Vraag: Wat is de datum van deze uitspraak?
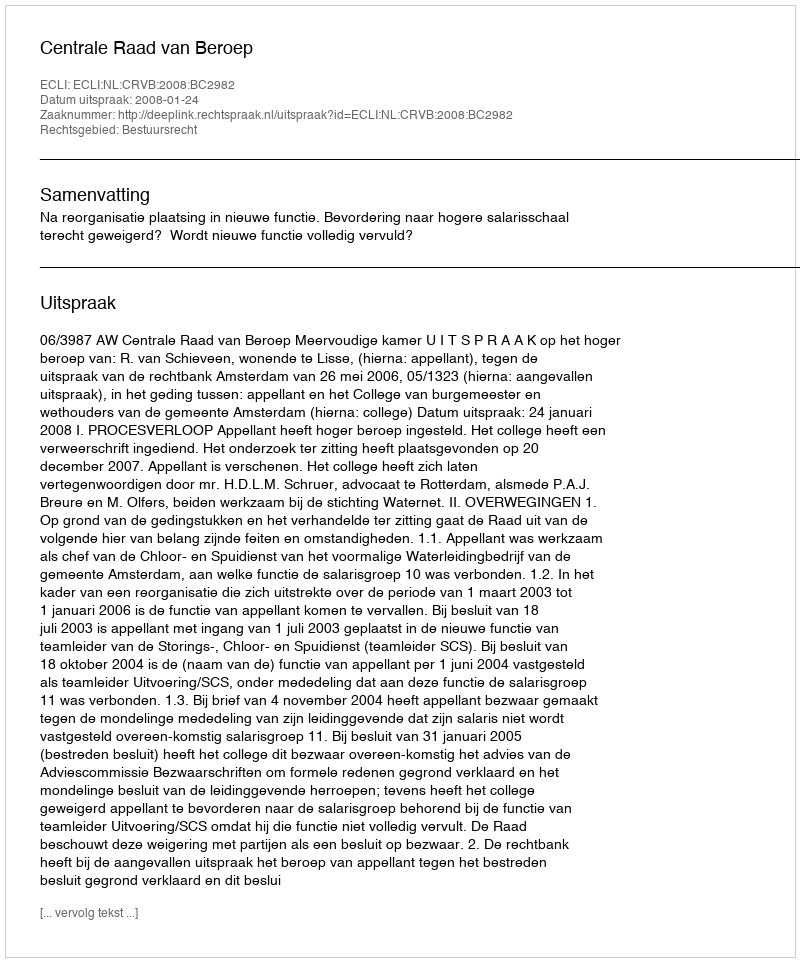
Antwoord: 2008-01-24